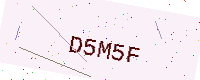
Text: D5M5F